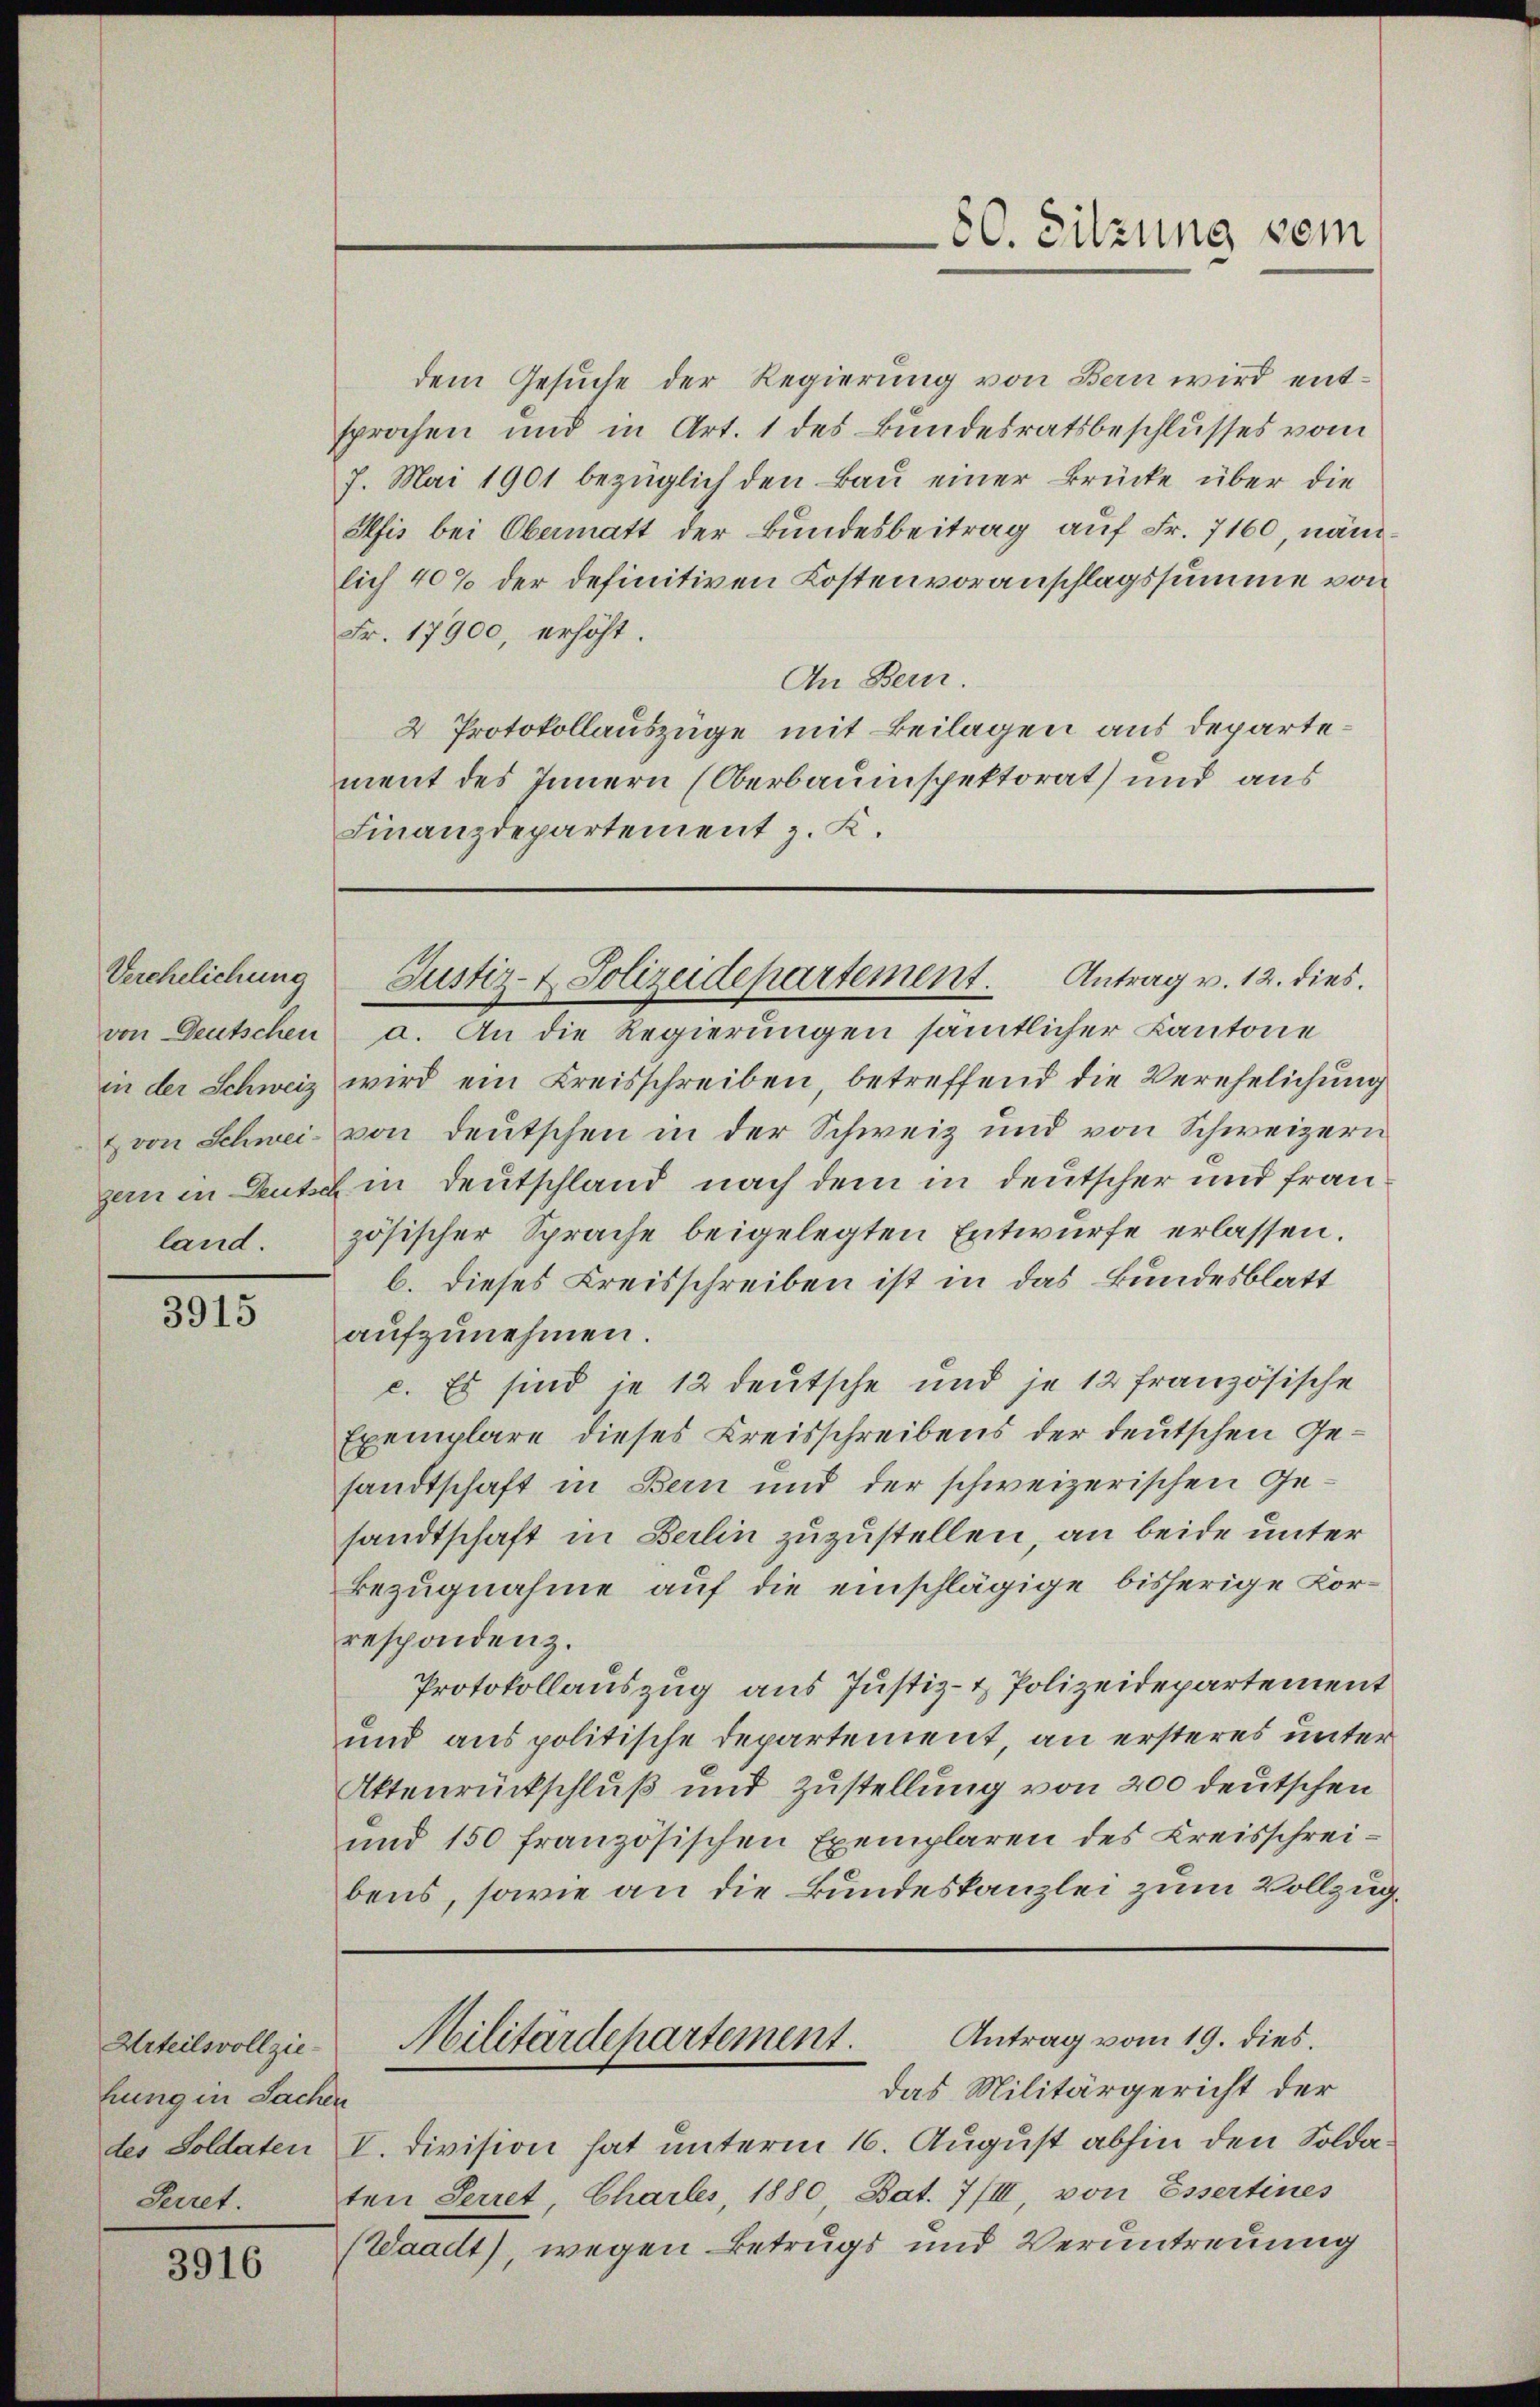
Verehelichung

3915

Urteilsvollziehung in Sachen
Peiret.

3916

dem Gesuche der Regierung von Bern wird entsprochen und in Art. 1 des Bundesratsbeschlusses vom
7. Mai 1901 bezüglich den Bau einer Brücke über die
Pfis bei Obermatt der Bundesbeitrag auf Fr. 7160, nämlich 40% der definitiven Kostenvoranschlagssumme von
Fr. 17900, erhöht.
An Bern.
2 Protokollauszüge mit Beilagen aus departement des Innern (Oberbauinspektorat und aus
Finanzdepartement z. K.

von Deutschen a. An die Regierungen sämtlicher Kantone
in der Schweiz wird ein Kreisschreiben, betreffend die Verehelichung
& von Schwei- von deutschen in der Schweiz und von Schweizern
garn in Leute in Deutschland nach dem in deutscher und Frau
land. zösischer Sprache beigelegten Entwurfe erlassen.
b. dieses Kreisschreiben ist in das Bundesblatt
aufzunehmen.
c. Es sind je 12 deutsche und je 12 französische
Exemplare dieses Kreisschreibens der deutschen Gesandtschaft in Bern und der schweizerischen Gesandtschaft in Berlin zuzustellen, an beide unter
Bezugnahme auf die einschlägige bisherige Korrespondenz.
Protokollauszug aus Justiz- & Polizeidepartement
und aus politische Departement, an ersteres unter¬
Aktenrückschluß und Zustellung von 200 deutschen
und 150 französischen Exemplaren des Kreisschreibens, sowie an die Bundeskanzlei zum Vollzug¬

60. Sitzung sein

Justiz- & Polizeidepartement. Antrag v. 12. dies

Antrag vom 19. dies.
Militärdepartement.
das Militärgericht der

des Soldaten V. Division hat unterm 16. August abhin den Soldaten Secret, Chartes, 1880 Bat. 7/III, von Essertines
(Waadt), wegen Betrugs und Verantreuung